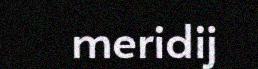
meridij